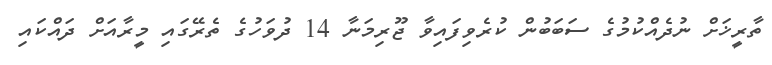
ތާރީޚަށް ނުދެއްކުމުގެ ސަބަބުން ކުރެވިފައިވާ ޖޫރިމަނާ 14 ދުވަހުގެ ތެރޭގައި މީރާއަށް ދައްކައި